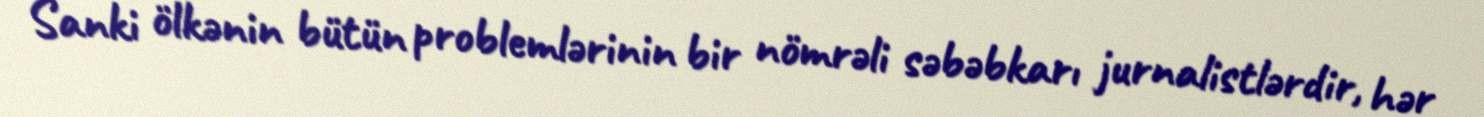
Sanki ölkənin bütün problemlərinin bir nömrəli səbəbkarı jurnalistlərdir, hər